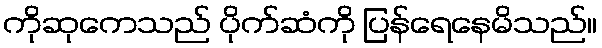
ကိုဆုကေသည် ပိုက်ဆံကို ပြန်ရေနေမိသည်။